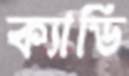
ক্যাডি